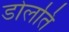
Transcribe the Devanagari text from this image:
डोलति